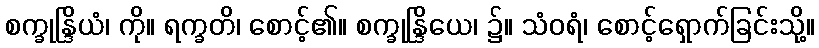
စက္ခုန္ဒြိယံ၊ ကို။ ရက္ခတိ၊ စောင့်၏။ စက္ခုန္ဒြိယေ၊ ၌။ သံဝရံ၊ စောင့်ရှောက်ခြင်းသို့။